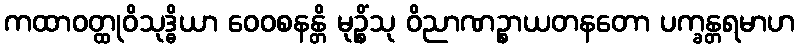
ကထာဝတ္ထုဝိသုဒ္ဓိယာ ဝေဝစနန္တိ မုဉ္စိံသု ဝိညာဏဉ္စာယတနတော ပက္ခန္တရမာဟ